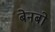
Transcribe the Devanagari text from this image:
बेनबो